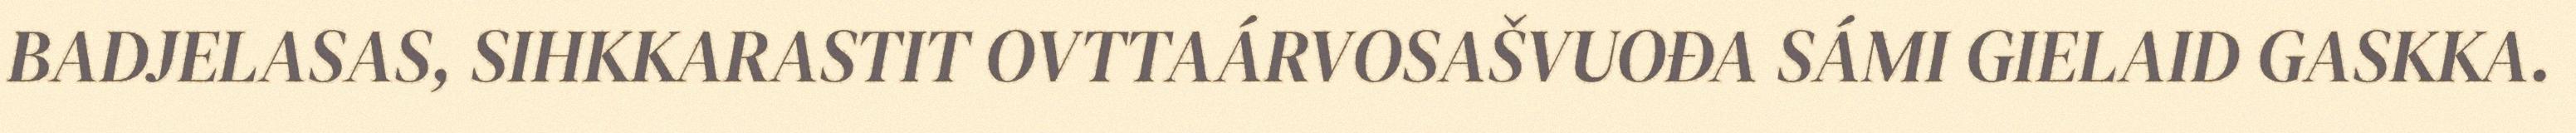
BADJELASAS, SIHKKARASTIT OVTTAÁRVOSAŠVUOĐA SÁMI GIELAID GASKKA.